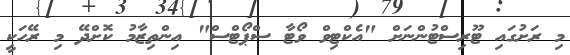
މި ރަށުގައި ޓޫރިސްޓުންނަށް "އެކްޓިވް ވޯޓާ ސްޕޯޓްސް" އިންތިޒާމު ކޮށްދޭ މި ރޭހަކީ